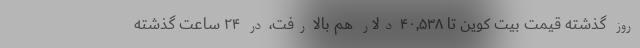
روز گذشته قیمت بیت کوین تا ۴۰,۵۳۸ دلار هم بالا رفت، در ۲۴ ساعت گذشته